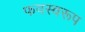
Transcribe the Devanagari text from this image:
फवस्वरूप